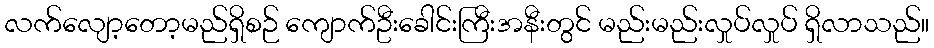
လက်လျော့တော့မည်ရှိစဉ် ကျောက်ဦးခေါင်းကြီးအနီးတွင် မည်းမည်းလှုပ်လှုပ် ရှိလာသည်။